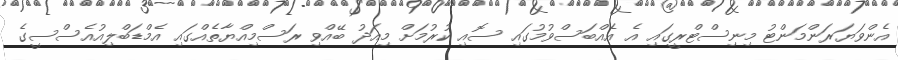
އެންވަޔަރަންމަންޓު މިނިސްޓްރީގައި އެ އެއްބަސްވުމުގައި ސޮއި ކުރުމަށް މިއަދު ބޭއްވި ރަސްމިއްޔާތެއްގައި އެމްޑަބްލިއުއެސްސީގެ